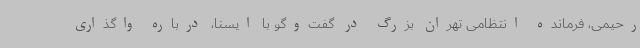
رحیمی، فرمانده انتظامی تهران بزرگ در گفت‌وگو با ایسنا، درباره واگذاری